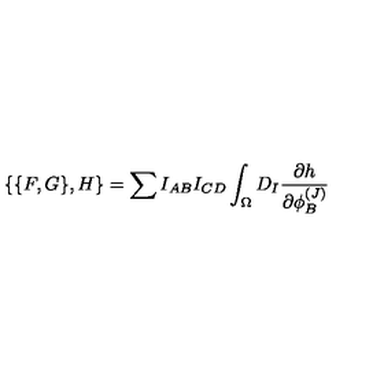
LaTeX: \{ \{ F , G \} , H \} = \sum I _ { A B } I _ { C D } \int _ { \Omega } D _ { I } { \frac { \partial h } { \partial \phi _ { B } ^ { ( J ) } } }